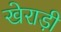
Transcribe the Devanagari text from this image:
खेराड़ी